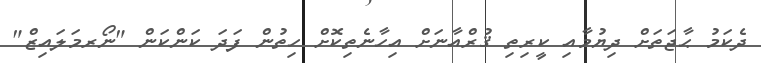
ދެކަމު ޙާޖަތަށް ދިޔުމާއި ކީރިތި ޤުރްއާނަށް އިހާނެތިކޮށް ހިތުން ފަދަ ކަންކަން "ނޯރމަލައިޒް"